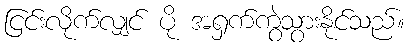
ငြင်းလိုက်လျှင် ပို အရှက်ကွဲသွားနိုင်သည်။